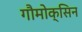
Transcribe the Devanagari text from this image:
गौमोक्सिन